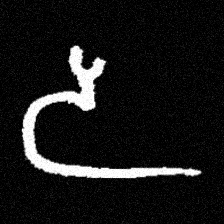
Pyu character \u2014 Myanmar letter: ဒ (romanized: da)